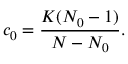
c _ { 0 } = \frac { K ( N _ { 0 } - 1 ) } { N - N _ { 0 } } .